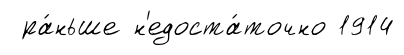
ра́ньше н'едоста́точно 1914